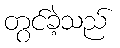
တွင်ခဲ့သည်